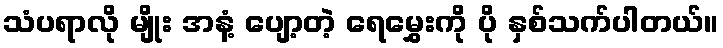
သံပရာလို မျိုး အနံ့ ပျော့တဲ့ ရေမွှေးကို ပို နှစ်သက်ပါတယ်။